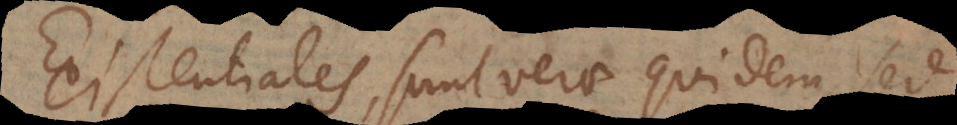
Existentiales, sunt verae quidem, sed